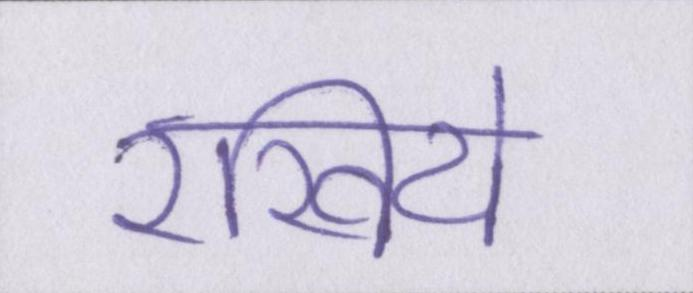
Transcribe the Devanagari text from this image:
रखिये